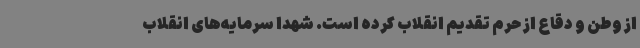
از وطن و دقاع از حرم تقدیم انقلاب کرده است. شهدا سرمایه‌های انقلاب